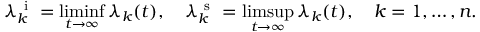
\lambda _ { k } ^ { \mathrm { ~ i ~ } } = \operatorname* { l i m i n f } _ { t \to \infty } \lambda _ { k } ( t ) , \quad \lambda _ { k } ^ { \mathrm { ~ s ~ } } = \operatorname* { l i m s u p } _ { t \to \infty } \lambda _ { k } ( t ) , \quad k = 1 , \ldots , n .